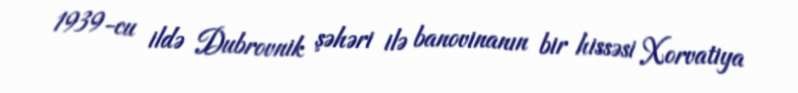
1939-cu ildə Dubrovnik şəhəri ilə banovinanın bir hissəsi Xorvatiya